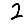
Digit: 2